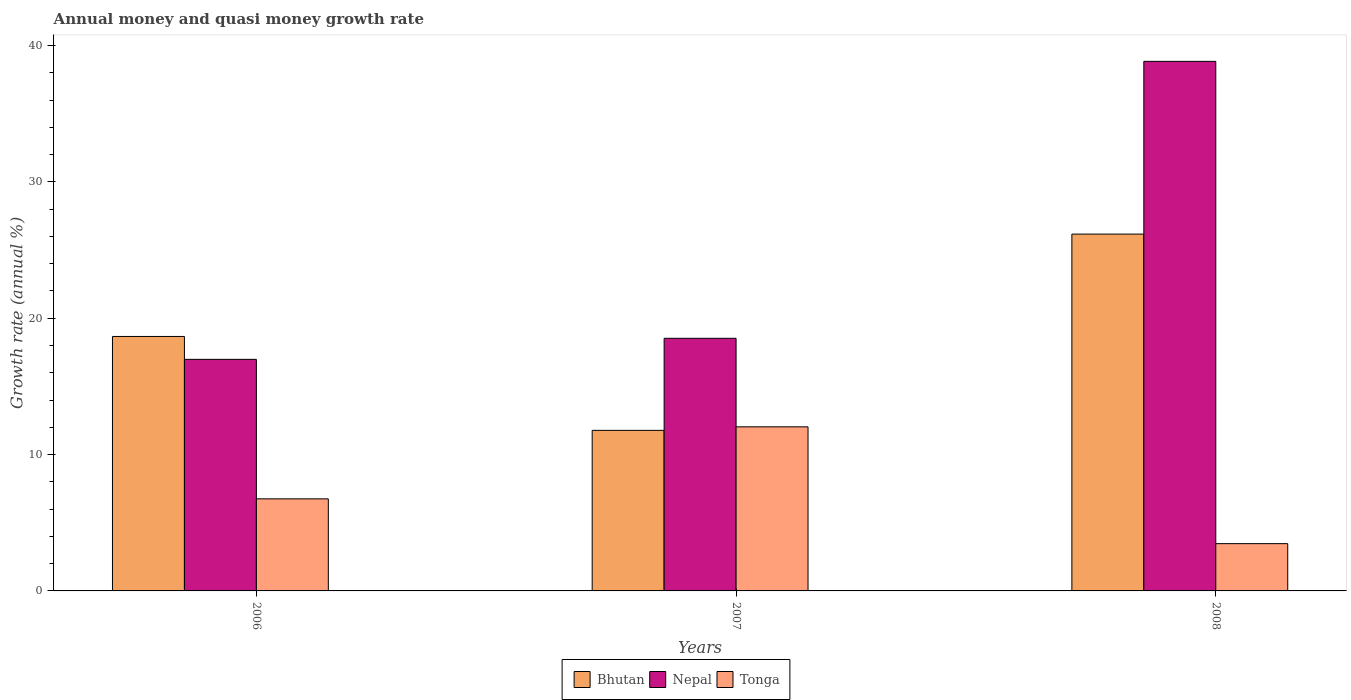
| Years | Bhutan | Nepal | Tonga |
 | --- | --- | --- | --- |
 | 2006 | 18.7 | 17 | 6.75 |
 | 2007 | 11.8 | 18.5 | 12 |
 | 2008 | 26.2 | 38.8 | 3.47 |